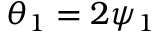
\theta _ { 1 } = 2 \psi _ { 1 }